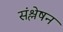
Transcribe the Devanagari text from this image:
संश्लेषन